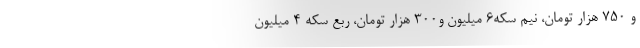
و ۷۵۰ هزار تومان، نیم سکه۶ میلیون و۳۰۰ هزار تومان، ربع سکه ۴ میلیون